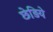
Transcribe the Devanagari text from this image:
छेड़िये